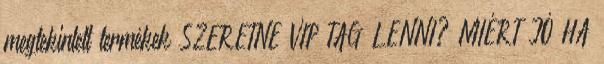
megtekintett termékek SZERETNE VIP TAG LENNI? MIÉRT JÓ HA